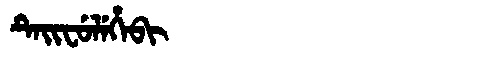
Manchu: ᡨᡝᡳᠸᡠᠯᡝᡥᡝᠪᡳ
Romanization: TEIFULEHEBI